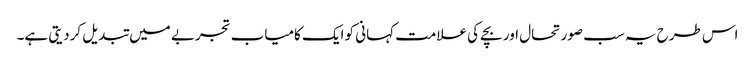
اس طرح یہ سب صورتحال اور بچے کی علامت کہانی کو ایک کامیاب تجربے میں تبدیل کردیتی ہے۔